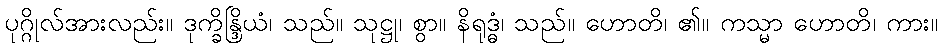
ပုဂ္ဂိုလ်အားလည်း။ ဒုက္ခိန္ဒြိယံ၊ သည်။ သုဋ္ဌု၊ စွာ။ နိရုဒ္ဓံ၊ သည်။ ဟောတိ၊ ၏။ ကသ္မာ ဟောတိ၊ ကား။